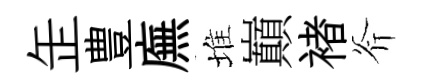
𦈢豊廡堆巔褚斧